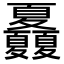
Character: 𡖃